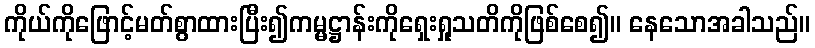
ကိုယ်ကိုဖြောင့်မတ်စွာထားပြီး၍ကမ္မဋ္ဌာန်းကိုရှေးရှုသတိကိုဖြစ်စေ၍။ နေသောအခါသည်။